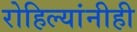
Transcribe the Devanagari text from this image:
रोहिल्यांनीही